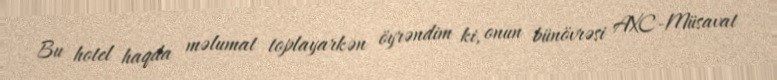
Bu hotel haqda məlumat toplayarkən öyrəndim ki, onun bünövrəsi AXC-Müsavat